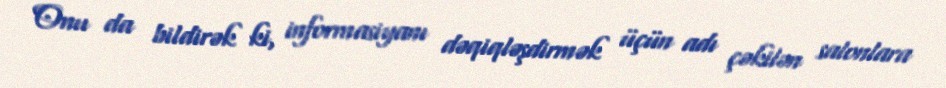
Onu da bildirək ki, informasiyanı dəqiqləşdirmək üçün adı çəkilən salonlara